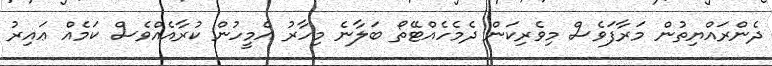
ދެންރައްޔިތުން މަރާފަވެސް މިވެރިކަން ދެމެހެއްޓޭތޯ ބަލާނެ މިހާރު އެމީހުން ކުރާއެއްވެސް ކަމެއް ޢައިރު